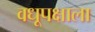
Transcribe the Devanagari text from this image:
वधूपक्षाला